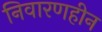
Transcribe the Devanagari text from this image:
निवारणहीन